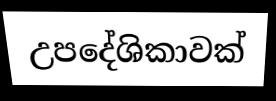
උපදේශිකාවක්